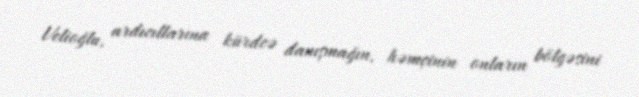
Velioğlu, ardıcıllarına kürdcə danışmağın, həmçinin onların bölgəsini